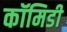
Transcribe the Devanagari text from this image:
कॉमिडी